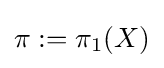
\pi :=\pi _{1}(X)